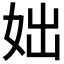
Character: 𡛛